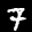
Label: 7